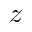
z